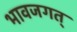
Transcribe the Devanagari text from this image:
भावजगत्